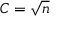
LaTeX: C = { \sqrt { n } }